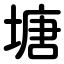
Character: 塘